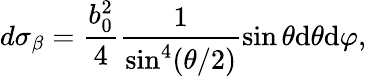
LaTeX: d{\sigma_{\beta}}=\frac{b_{0}^{2}}{4}\frac{1}{{{\sin}^{4}}(\theta/2)}\sin\theta\mathrm{d}\theta\mathrm{d}\varphi,